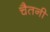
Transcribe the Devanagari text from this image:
चैतनी